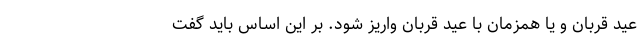
عید قربان و یا همزمان با عید قربان واریز شود. بر این اساس باید گفت